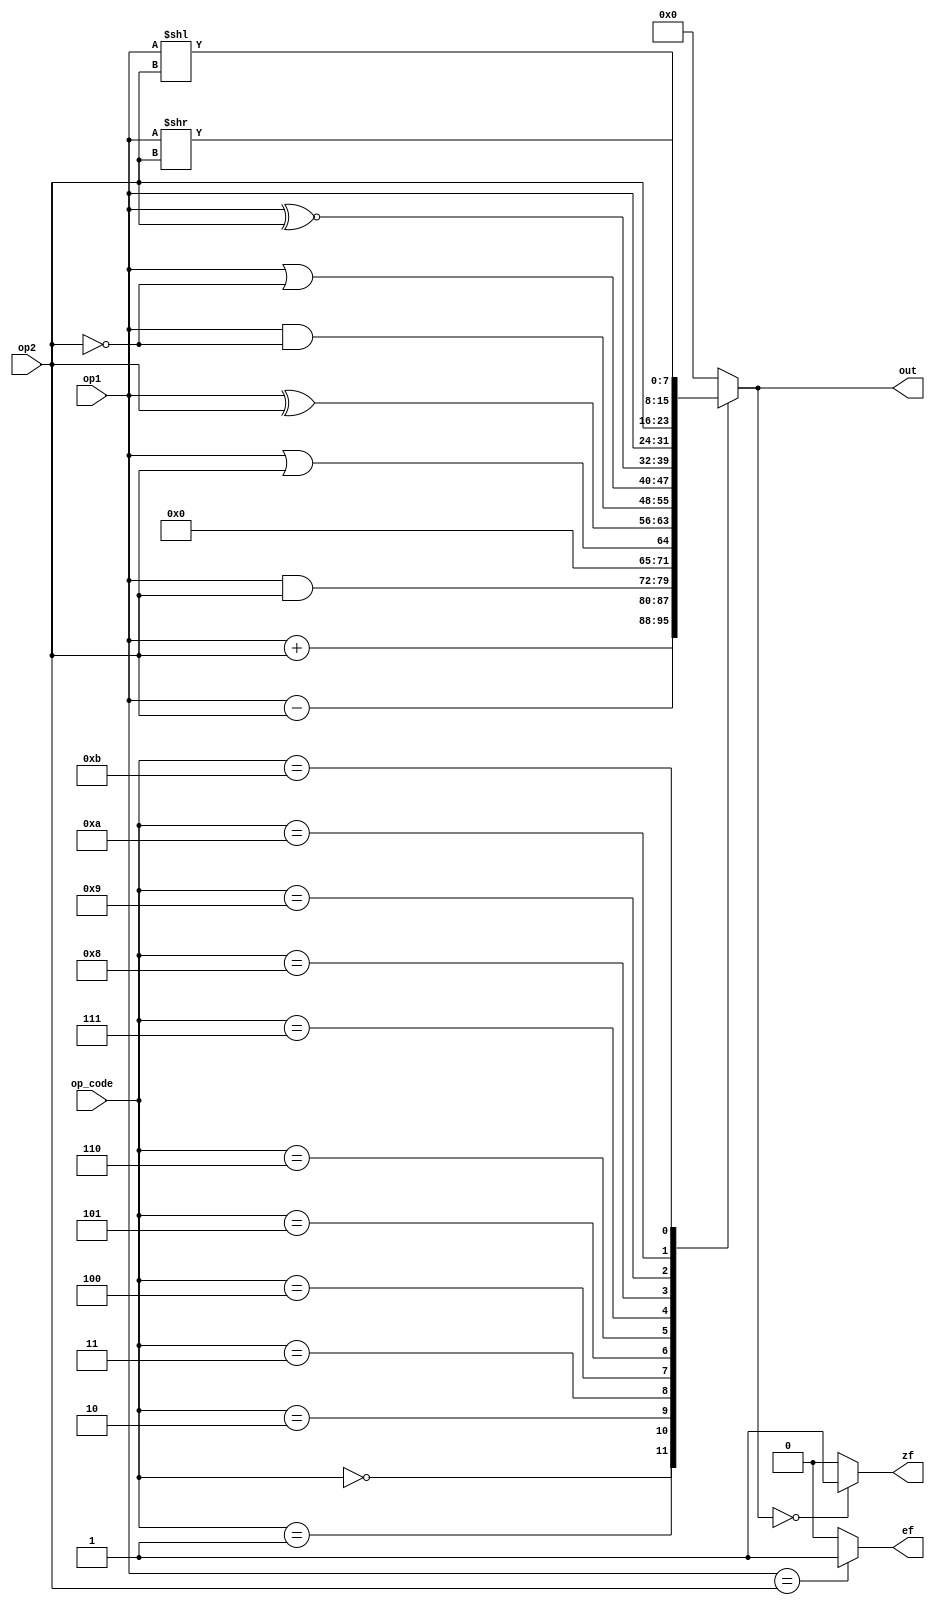
`timescale 1ns / 1ps
//////////////////////////////////


module alu(
    input [7:0] op1,
    input [7:0] op2,
    input [3:0] op_code,
    output reg [7:0] out,
    output reg ef,
    output reg zf
    );
    
    always @ (*)
        begin
            case(op_code)
            4'b0000 :  out = op1 + op2;
            4'b0001 :  out = op1 - op2;
            4'b0010 :  out = op1 & op2;
            4'b0011 :  out = op1 || op2;
            4'b0100 :  out = op1 ^ op2;
            4'b0101 :  out = op1 &~ op2;
            4'b0110 :  out = op1 |~ op2;
            4'b0111 :  out = op1 ^~ op2;
            4'b1000 :  out = op1;
            4'b1001 :  out = op2;
            4'b1010 :  out = op1 << op2;
            4'b1011 :  out = op1 >> op2;
            default : out = 0;
            endcase 
            
            if(op1 == op2)  ef = 1;
                else  ef = 0;
            if(out == 0)  zf = 1;
                else  zf = 0;    
        end
    
    
endmodule